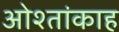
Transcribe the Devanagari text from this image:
ओश्तांकाह